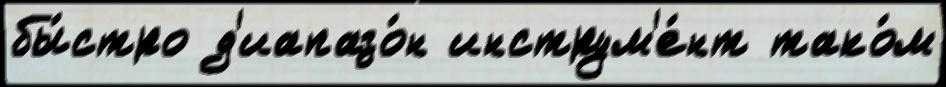
бы́стро д'иапазо́н инструм'е́нт тако́м